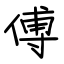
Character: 傅